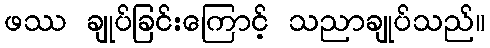
ဖဿ ချုပ်ခြင်းကြောင့် သညာချုပ်သည်။